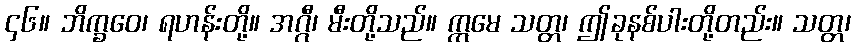
၄၆။ ဘိက္ခဝေ၊ ရဟန်းတို့။ အဂ္ဂီ၊ မီးတို့သည်။ ဣမေ သတ္တ၊ ဤခုနစ်ပါးတို့တည်း။ သတ္တ၊